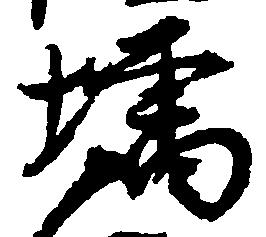
増